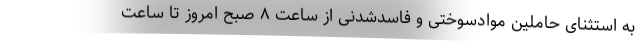
به استثنای حاملین موادسوختی و فاسدشدنی از ساعت ۸ صبح امروز تا ساعت